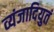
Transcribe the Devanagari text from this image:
व्यंजादियुतं